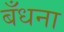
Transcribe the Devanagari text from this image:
बँधना